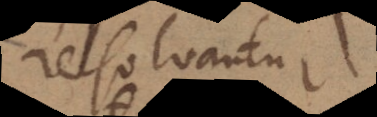
resolvantur